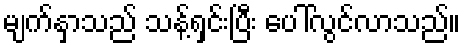
မျက်နှာသည် သန့်ရှင်းပြီး ပေါ်လွင်လာသည်။